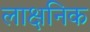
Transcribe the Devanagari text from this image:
लाक्षनिक